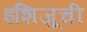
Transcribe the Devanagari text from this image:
इशिज़ूची